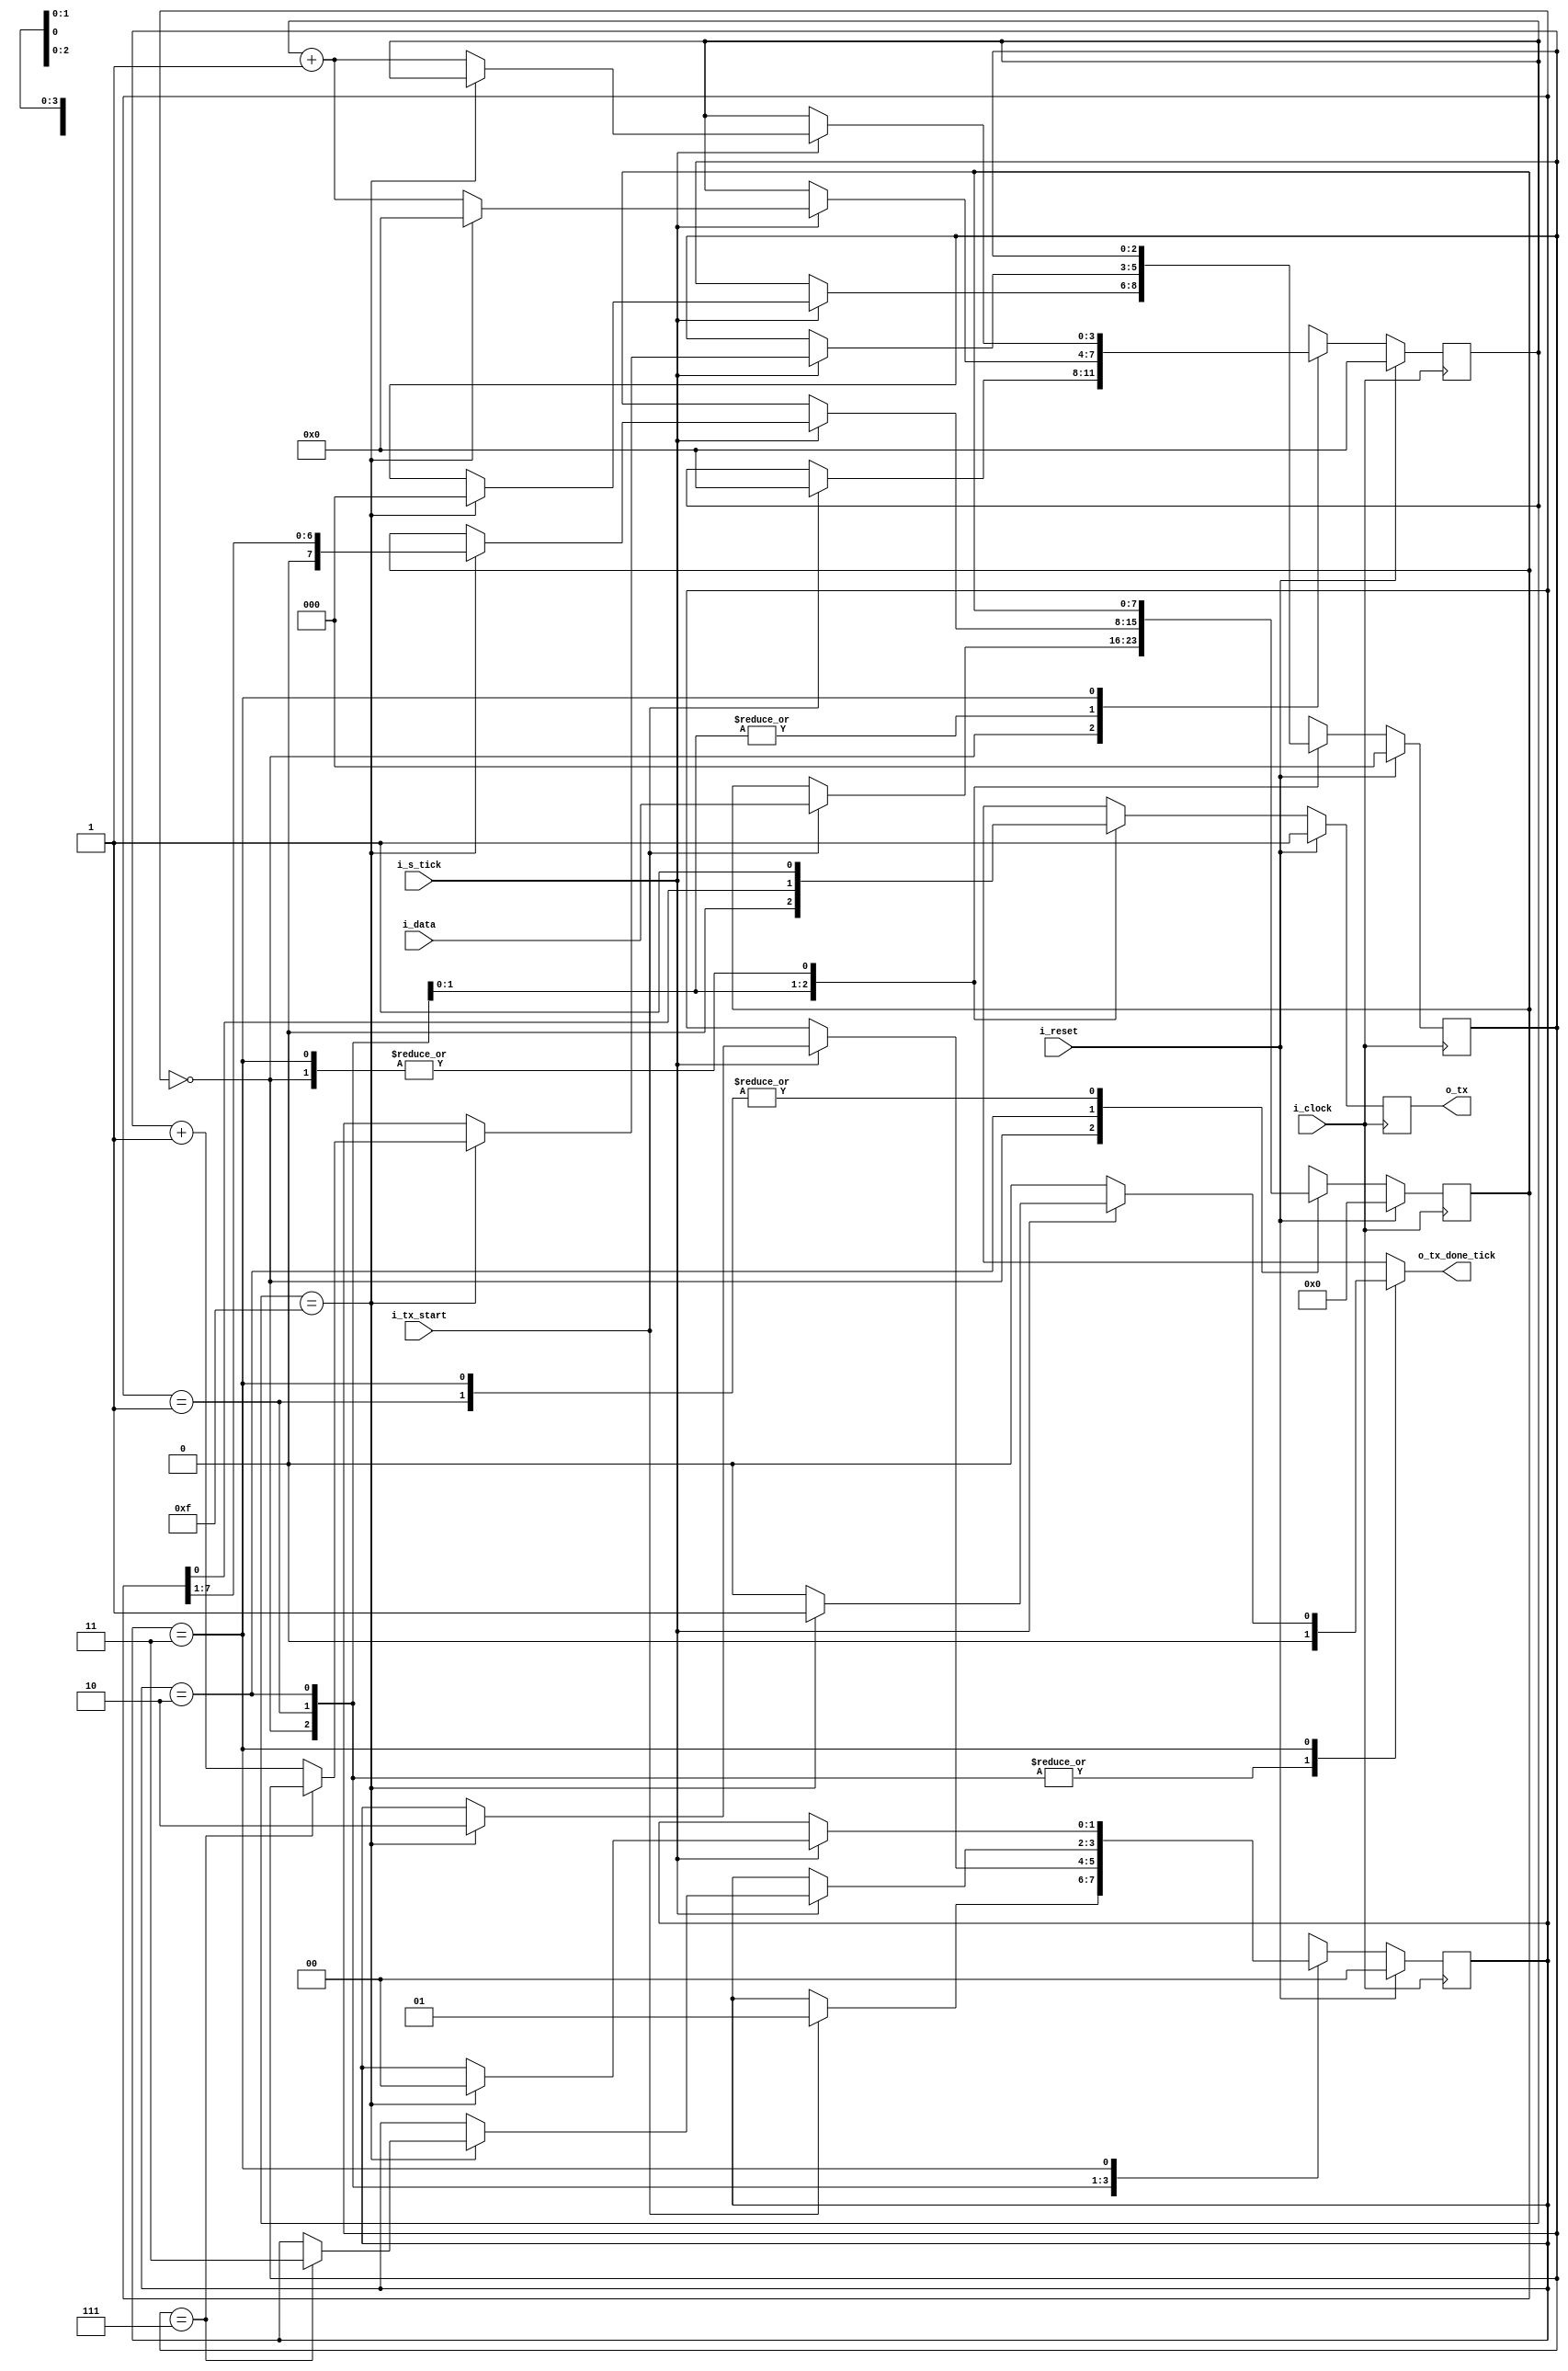
`timescale 1ns / 1ps

module tx_uart 
#(parameter DBIT = 8,
  parameter NB_STATE = 2,
  parameter SB_TICK = 16   // sampling rate for 19200 bauds
  ) 
(
    input i_clock,
    input i_reset,
    input i_tx_start,
    input i_s_tick,             // baudrate generator
    input [DBIT-1:0] i_data,
    output reg o_tx_done_tick,
    output o_tx                 // UART tx data
);

localparam [NB_STATE - 1 : 0 ] IDLE  = 2'b00;
localparam [NB_STATE - 1 : 0 ] START = 2'b01;
localparam [NB_STATE - 1 : 0 ] DATA  = 2'b10;
localparam [NB_STATE - 1 : 0 ] STOP  = 2'b11;

reg [1:0] state, next_state;
reg [3:0] tick_counter, next_tick_counter;
reg [2:0] data_counter, next_data_counter;
reg [DBIT-1:0] shiftreg, next_shiftreg;
reg tx_reg, tx_next;


always @(posedge i_clock) begin //le saque el posedge reset
    if(i_reset)begin
        state <= IDLE;
        tick_counter <= 0;
        data_counter <= 0;
        shiftreg <= 0;
        tx_reg <= 1'b1;
    end
    else begin
        state <= next_state;
        tick_counter <= next_tick_counter;
        data_counter <= next_data_counter;
        shiftreg <= next_shiftreg;
        tx_reg <= tx_next;
    end
end

always @(*) begin
    next_state = state;
    o_tx_done_tick = 1'b0;
    next_tick_counter = tick_counter;
    next_data_counter = data_counter;
    next_shiftreg = shiftreg;
    tx_next = tx_reg;

    case(state)
        IDLE: begin
            tx_next = 1'b1;
            if(i_tx_start) begin
                next_state = START;
                next_tick_counter = 0;
                next_shiftreg = i_data;
            end
        end
        START: begin
            tx_next = 1'b0;
            if(i_s_tick) begin
                if(tick_counter == (SB_TICK - 1)) begin
                    next_state = DATA;
                    next_tick_counter = 0;
                    next_data_counter = 0;
                end
                else begin
                    next_tick_counter = tick_counter + 1;
                end
            end 
        end
        DATA: begin
            tx_next = shiftreg[0];
            if(i_s_tick)begin
                if(tick_counter == (SB_TICK - 1))begin
                    next_tick_counter = 0;
                    next_shiftreg = shiftreg >> 1;
                    if(data_counter == (DBIT - 1))
                        next_state = STOP;
                    else begin
                        next_data_counter = data_counter + 1;
                    end    
                end
                else
                    next_tick_counter = tick_counter + 1;
            end
        end
        STOP: begin
            tx_next = 1'b1;
            if(i_s_tick) begin
                if(tick_counter == 4'b1111) begin
                    next_state = IDLE;
                    o_tx_done_tick = 1'b1;
                end
                else begin
                    next_tick_counter = tick_counter + 1;
                end
            end
        end
    endcase
end

assign o_tx = tx_reg;

endmodule